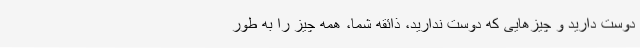
دوست دارید و چیزهایی که دوست ندارید، ذائقه شما، همه چیز را به طور